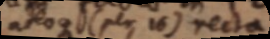
adeoque (per 16) recta